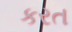
કરત